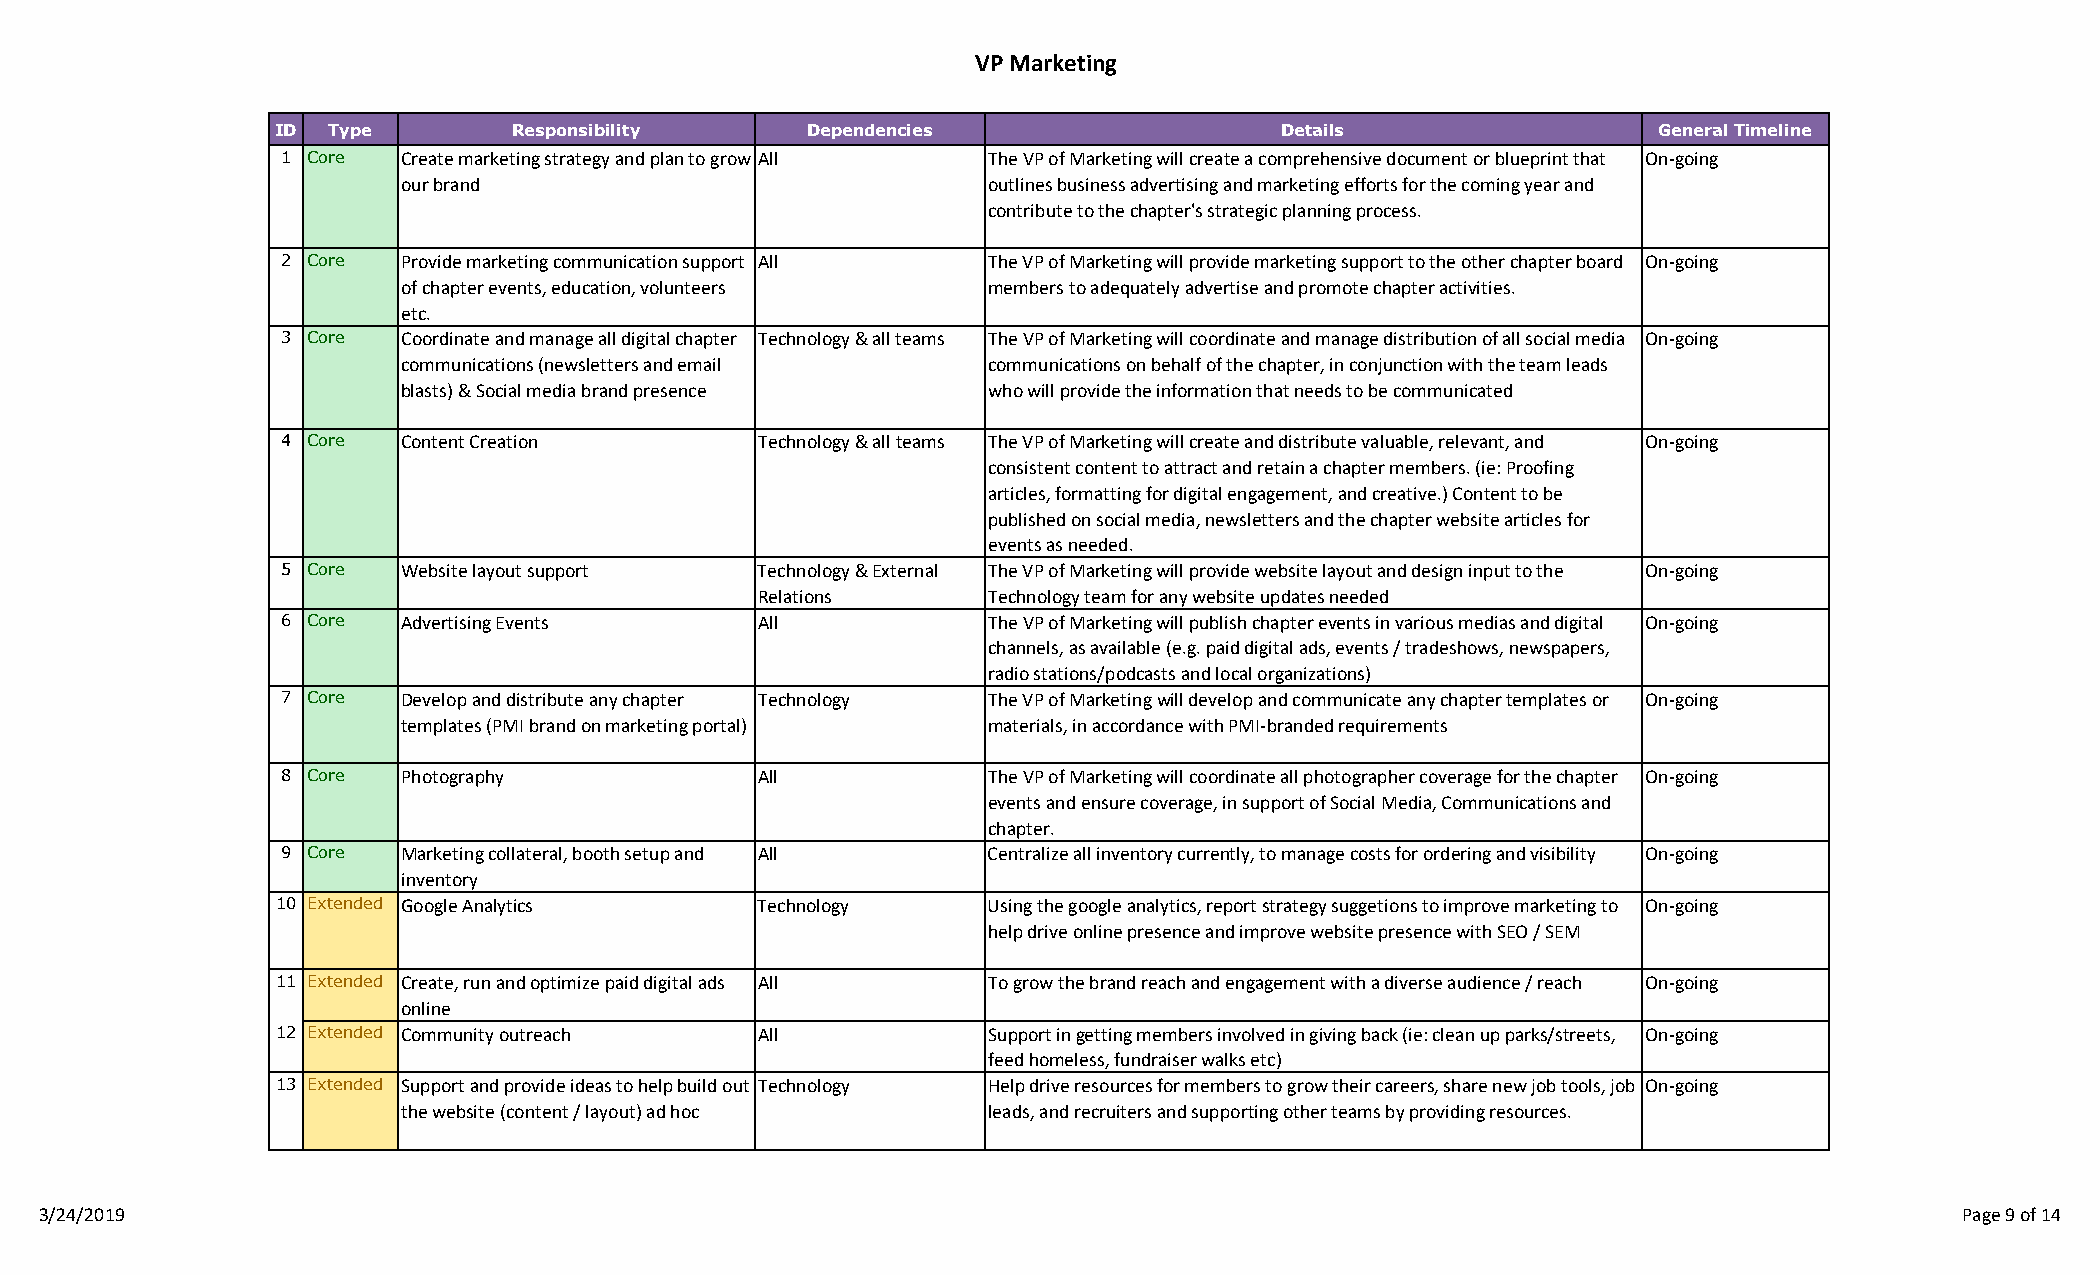
VP Marketing
 ID  Type        Responsibility     Dependencies                    Details                  General Timeline
 1 Core  Create marketing strategy and plan to grow All The VP of Marketing will create a comprehensive document or blueprint that On‐going
 our brand                             outlines business advertising and marketing efforts for the coming year and
 contribute to the chapter's strategic planning process.
 2 Core  Provide marketing communication support All The VP of Marketing will provide marketing support to the other chapter board On‐going
 of chapter events, education, volunteers members to adequately advertise and promote chapter activities.
 etc.
 3 Core  Coordinate and manage all digital chapter Technology & all teams The VP of Marketing will coordinate and manage distribution of all social media On‐going
 communications (newsletters and email communications on behalf of the chapter, in conjunction with the team leads
 blasts) & Social media brand presence who will provide the information that needs to be communicated
 4 Core  Content Creation       Technology & all teams The VP of Marketing will create and distribute valuable, relevant, and On‐going
 consistent content to attract and retain a chapter members. (ie: Proofing
 articles, formatting for digital engagement, and creative.) Content to be
 published on social media, newsletters and the chapter website articles for
 events as needed.
 5 Core  Website layout support Technology & External The VP of Marketing will provide website layout and design input to the On‐going
 Relations      Technology team for any website updates needed
 6 Core  Advertising Events     All            The VP of Marketing will publish chapter events in various medias and digital On‐going
 channels, as available (e.g. paid digital ads, events / tradeshows, newspapers,
 radio stations/podcasts and local organizations)
 7 Core  Develop and distribute any chapter Technology The VP of Marketing will develop and communicate any chapter templates or On‐going
 templates (PMI brand on marketing portal) materials, in accordance with PMI‐branded requirements
 8 Core  Photography            All            The VP of Marketing will coordinate all photographer coverage for the chapter On‐going
 events and ensure coverage, in support of Social Media, Communications and
 chapter.
 9 Core  Marketing collateral, booth setup and All Centralize all inventory currently, to manage costs for ordering and visibility On‐going
 inventory
 10 Extended Google Analytics    Technology     Using the google analytics, report strategy suggetions to improve marketing to On‐going
 help drive online presence and improve website presence with SEO / SEM
 11 Extended Create, run and optimize paid digital ads All To grow the brand reach and engagement with a diverse audience / reach On‐going
 online
 12 Extended Community outreach  All            Support in getting members involved in giving back (ie: clean up parks/streets, On‐going
 feed homeless, fundraiser walks etc)
 13 Extended Support and provide ideas to help build out Technology Help drive resources for members to grow their careers, share new job tools, job On‐going
 the website (content / layout) ad hoc leads, and recruiters and supporting other teams by providing resources.
 3/24/2019                                                                                                                      Page 9 of 14